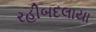
રહીબદલાયા